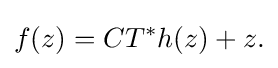
\displaystyle {f(z)=CT^{*}h(z)+z.}